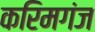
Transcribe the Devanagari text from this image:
करिमगंज